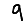
Digit: 9